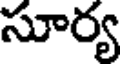
సూర్య